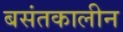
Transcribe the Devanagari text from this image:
बसंतकालीन